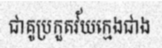
ជាគូប្រកួតវ័យក្មេងជាង